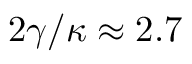
2 \gamma / \kappa \approx 2 . 7